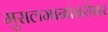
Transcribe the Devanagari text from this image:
मुसलमानांबरोबर